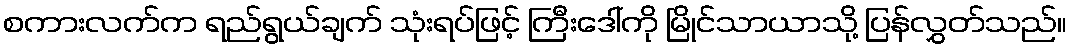
စကားလက်က ရည်ရွယ်ချက် သုံးရပ်ဖြင့် ကြီးဒေါ်ကို မြိုင်သာယာသို့ ပြန်လွှတ်သည်။